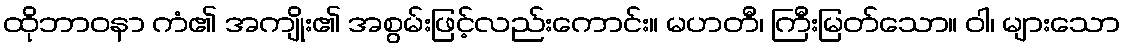
ထိုဘာဝနာ ကံ၏ အကျိုး၏ အစွမ်းဖြင့်လည်းကောင်း။ မဟတီ၊ ကြီးမြတ်သော။ ဝါ၊ များသော